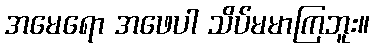
အမေရော အဖေပါ သိပ်မမာကြဘူး။